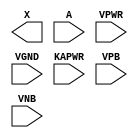
/**
 * Copyright 2020 The SkyWater PDK Authors
 *
 * Licensed under the Apache License, Version 2.0 (the "License");
 * you may not use this file except in compliance with the License.
 * You may obtain a copy of the License at
 *
 *     https://www.apache.org/licenses/LICENSE-2.0
 *
 * Unless required by applicable law or agreed to in writing, software
 * distributed under the License is distributed on an "AS IS" BASIS,
 * WITHOUT WARRANTIES OR CONDITIONS OF ANY KIND, either express or implied.
 * See the License for the specific language governing permissions and
 * limitations under the License.
 *
 * SPDX-License-Identifier: Apache-2.0
 */

`ifndef SKY130_FD_SC_LP__DLYBUF4S18KAPWR_PP_BLACKBOX_V
`define SKY130_FD_SC_LP__DLYBUF4S18KAPWR_PP_BLACKBOX_V

/**
 * dlybuf4s18kapwr: Delay Buffer 4-stage 0.18um length inner stage
 *                  gates on keep-alive power rail.
 *
 * Verilog stub definition (black box with power pins).
 *
 * WARNING: This file is autogenerated, do not modify directly!
 */

`timescale 1ns / 1ps
`default_nettype none

(* blackbox *)
module sky130_fd_sc_lp__dlybuf4s18kapwr (
    X    ,
    A    ,
    VPWR ,
    VGND ,
    KAPWR,
    VPB  ,
    VNB
);

    output X    ;
    input  A    ;
    input  VPWR ;
    input  VGND ;
    input  KAPWR;
    input  VPB  ;
    input  VNB  ;
endmodule

`default_nettype wire
`endif  // SKY130_FD_SC_LP__DLYBUF4S18KAPWR_PP_BLACKBOX_V